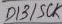
Text: 013/SCK